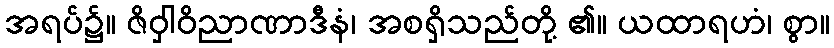
အရပ်၌။ ဇိဝှါဝိညာဏာဒီနံ၊ အစရှိသည်တို့ ၏။ ယထာရဟံ၊ စွာ။